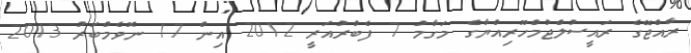
ރާއްޖޭގެ ރައީސުލްޖުމްހޫރިއްޔާގެ މަގާމު 7 ފެބްރުއަރީ 2012 އިން 17 ނޮވެމްބަރު 2013